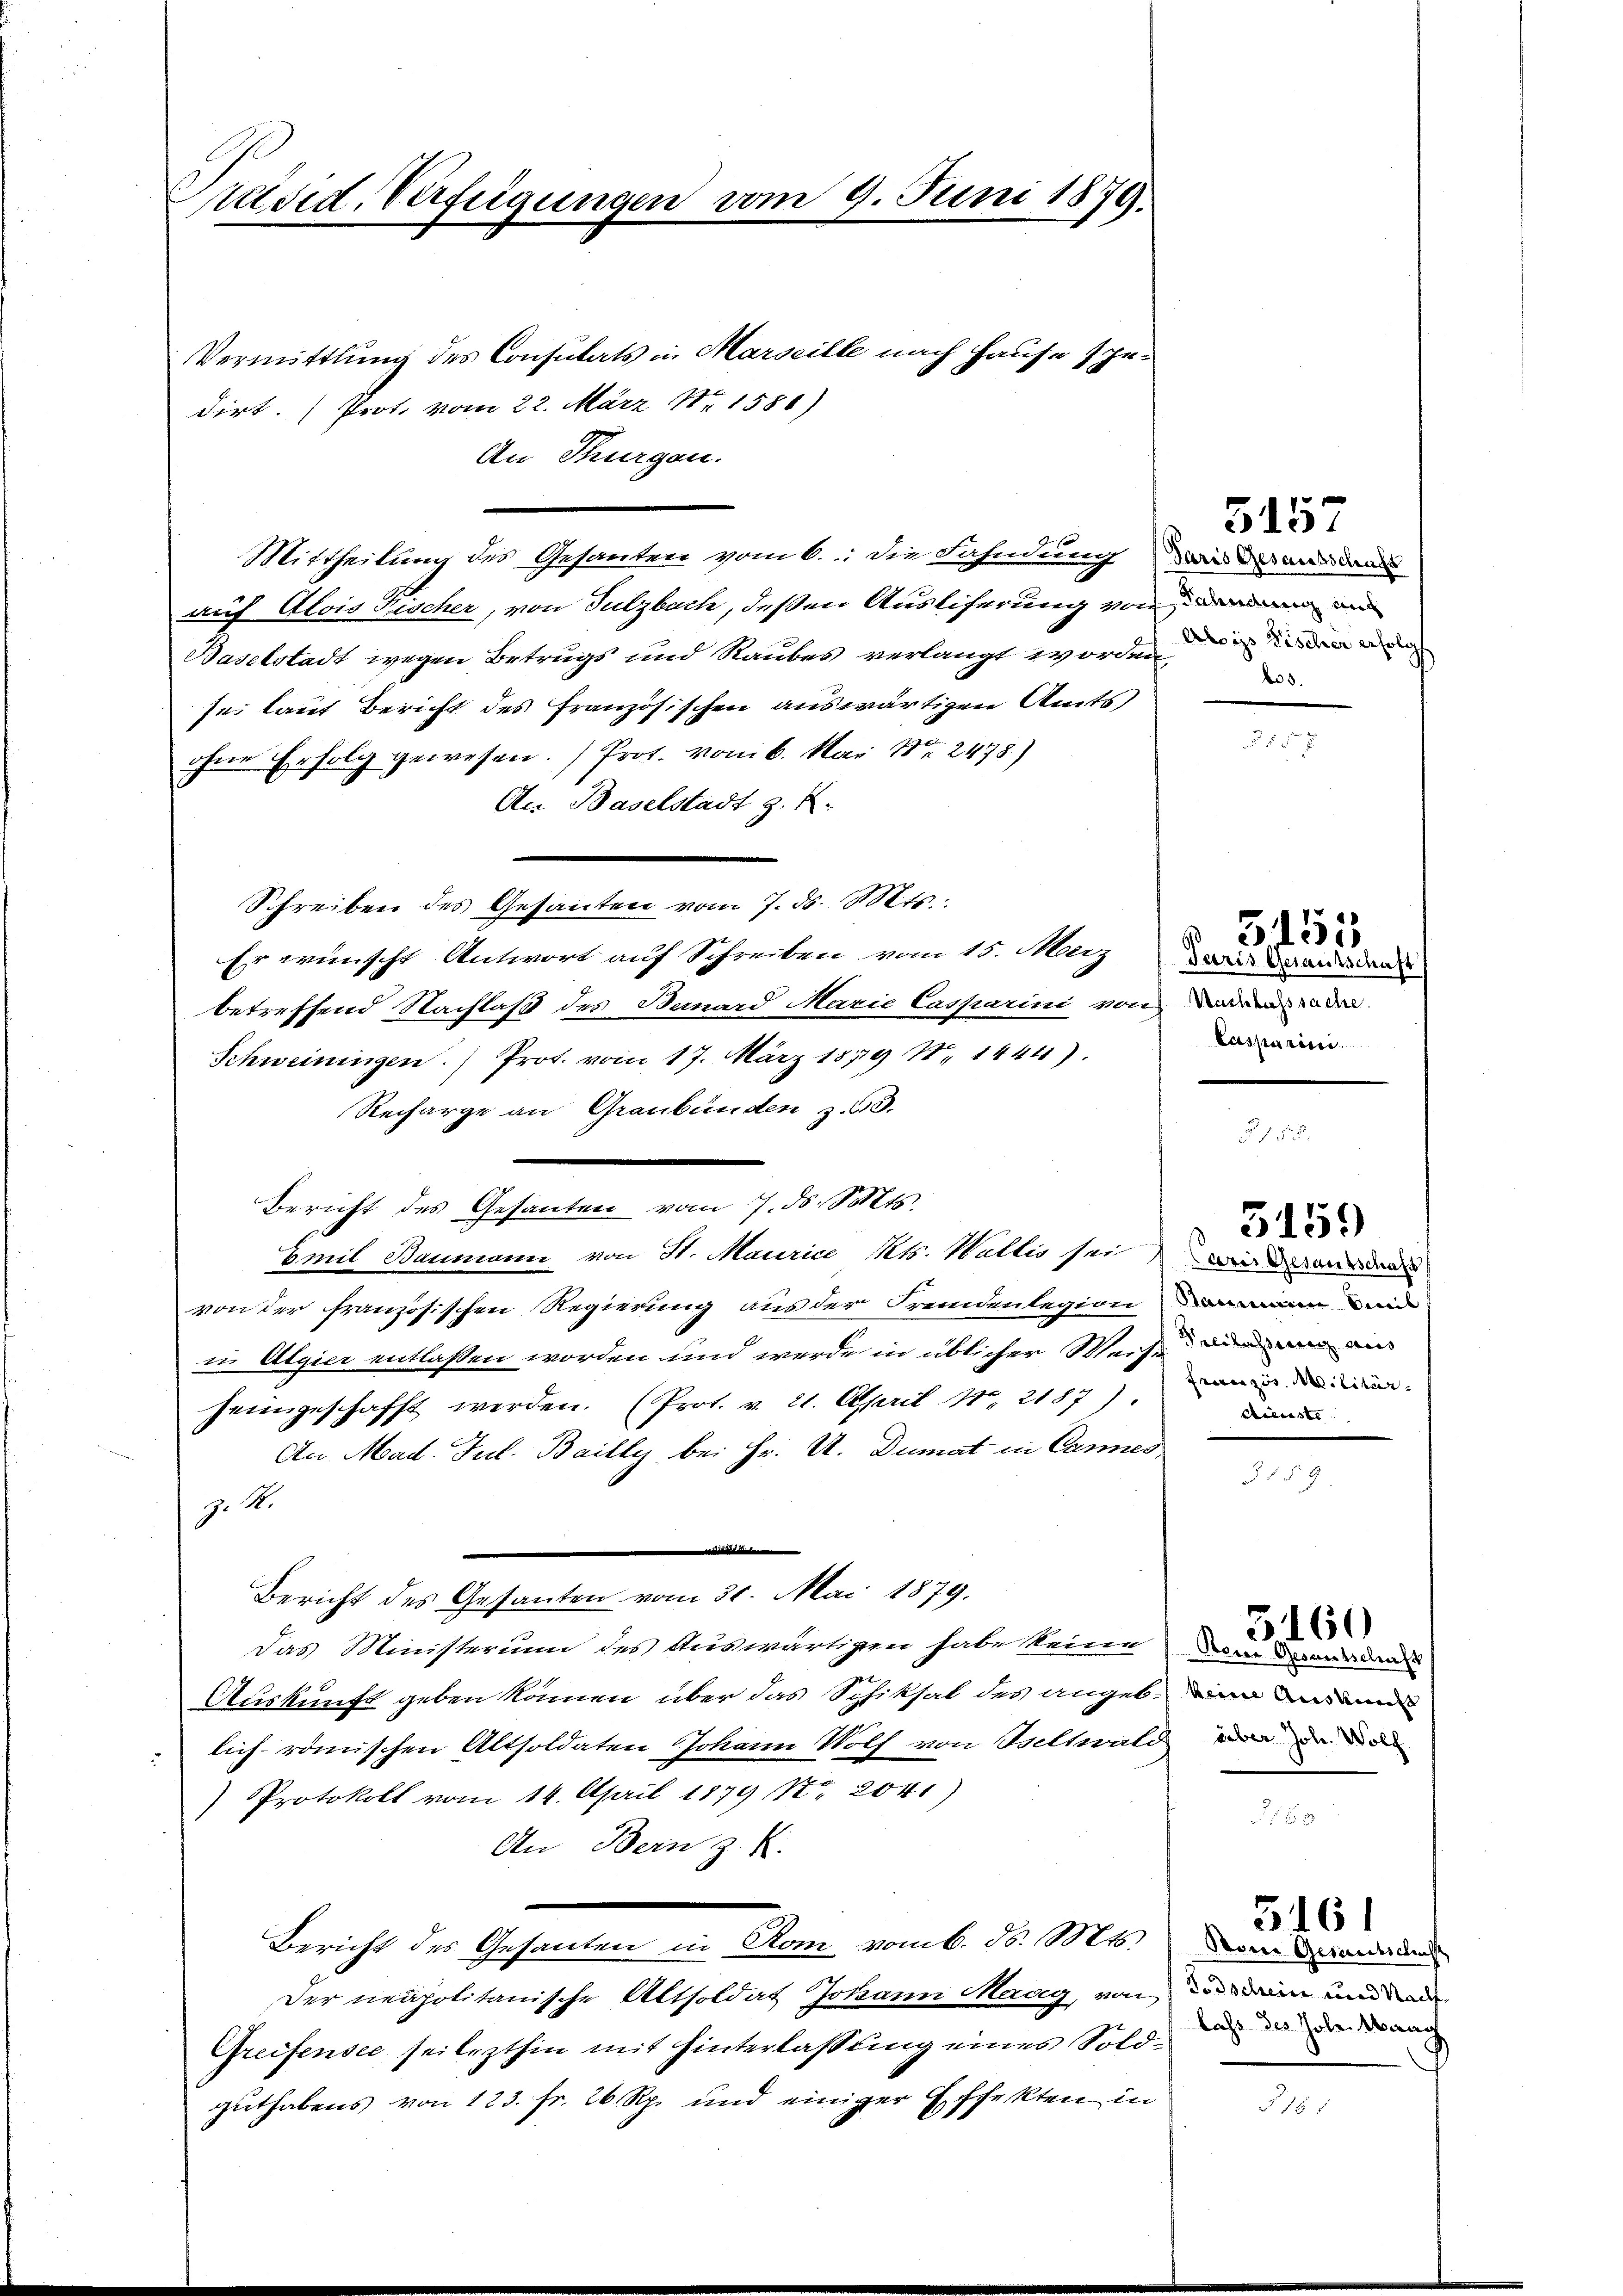
Päsid. Verfügungen vom 9. Juni 1879.
Vermittlung des Consulats in Marseille nach Hause spe-
dirt. (Prot. vom 22. März 181581)

An Thurgau.
Mittheilung des Gesanten vom 6. die Fahndung wir der an de
g
auf Alois Fischer, von Sulzbach, deßen Ausliferung von den und
Baselstadt wegen Betrugs und Raubes verlangt worden den den
sei laut Bericht des Französischen auswärtigen Amts
ohne Erfolg gewesen. Prot. vom 6. Mai Nr. 2478)
An Baselstadt z. R.
Schreiben des Gesanten vom 7. d. Mts.
Er wünscht Antwort auf Schreiben vom 15. März das Bauerden
betreffend Nachlaß des Bemard Marie Casparini von deren de
Schweiningen.) Prot. vom 17. März 1879 No 1444).
Recharge an Graubünden z. B.
Bericht des Gesanten vom 7. ds. Solts
Emil Baumann von St. Maurice Kts. Wallis sei wird
von der französischen Regierung aus der Fremdenlegion ein und
in Algier entlassen worden und werde in üblicher Weise und ain ain
heimgeschafft werden. (Prot. v. 21. April 18. 2187).
An Mad. Jul. Bailly bei Hr. U. Dumat in Cannes,
J. M.
ind dieses i
Bericht des Gesanten vom 31. Mai 1879.
Das Ministerum des Auswärtigen habe keine War der den
Auskunft geben können über das Schiksal des angeb. in ein
lich römischen Altsoldaten Johann Wolf von Bettwald in den de
Protokoll vom 14. April 1879 Nr. 2041)
An Bern z. B.
.
Bericht des Gesanten in Rom vom 6. d. Mts. Der Besondern
Der neapolitanische Altsoldat Johann Maag, von dein und a
Greifensee sei lezthin mit Hinterlaßung eines Soldguthabens von 123. fr. 26 Rp. und einiger Effekten in

03.

5157

Casparini.

5155

§ 158.

Franzis Militär
Dienste

5159

3 f. 59

5160

lass des Hohe Maag

5161

§ 185

8